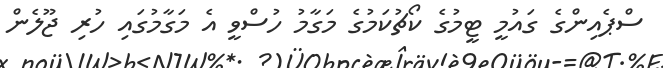
ސްޕެއިންގެ ގައުމީ ޓީމުގެ ކޯޗުކަމުގެ މަގާމު ހުސްވީ އެ މަގާމުގައި ހުރި ޖޫލެން